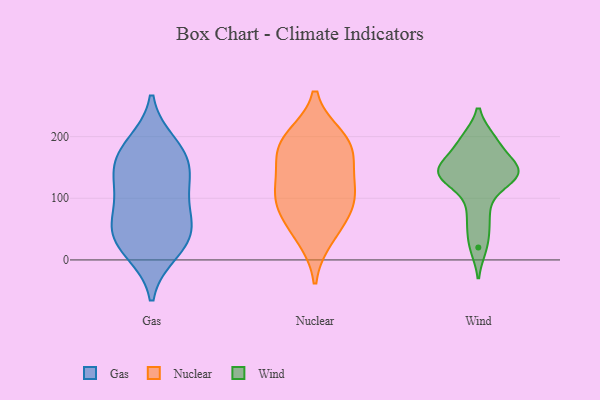
{"axis": {"x": "Bounce Rate (%)", "y": "Value"}, "legend": ["Gas", "Nuclear", "Wind"], "data": [{"x": "", "y": 29, "type": "Gas"}, {"x": "", "y": 65, "type": "Gas"}, {"x": "", "y": 168, "type": "Gas"}, {"x": "", "y": 165, "type": "Gas"}, {"x": "", "y": 108, "type": "Gas"}, {"x": "", "y": 186, "type": "Gas"}, {"x": "", "y": 113, "type": "Gas"}, {"x": "", "y": 145, "type": "Gas"}, {"x": "", "y": 50, "type": "Gas"}, {"x": "", "y": 42, "type": "Gas"}, {"x": "", "y": 15, "type": "Gas"}, {"x": "", "y": 186, "type": "Nuclear"}, {"x": "", "y": 106, "type": "Nuclear"}, {"x": "", "y": 62, "type": "Nuclear"}, {"x": "", "y": 90, "type": "Nuclear"}, {"x": "", "y": 104, "type": "Nuclear"}, {"x": "", "y": 131, "type": "Nuclear"}, {"x": "", "y": 198, "type": "Nuclear"}, {"x": "", "y": 167, "type": "Nuclear"}, {"x": "", "y": 37, "type": "Nuclear"}, {"x": "", "y": 187, "type": "Nuclear"}, {"x": "", "y": 132, "type": "Wind"}, {"x": "", "y": 167, "type": "Wind"}, {"x": "", "y": 137, "type": "Wind"}, {"x": "", "y": 196, "type": "Wind"}, {"x": "", "y": 54, "type": "Wind"}, {"x": "", "y": 86, "type": "Wind"}, {"x": "", "y": 155, "type": "Wind"}, {"x": "", "y": 140, "type": "Wind"}, {"x": "", "y": 196, "type": "Wind"}, {"x": "", "y": 140, "type": "Wind"}, {"x": "", "y": 20, "type": "Wind"}, {"x": "", "y": 137, "type": "Wind"}]}